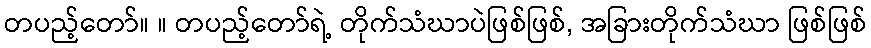
တပည့်တော်။ ။ တပည့်တော်ရဲ့ တိုက်သံဃာပဲဖြစ်ဖြစ်, အခြားတိုက်သံဃာ ဖြစ်ဖြစ်